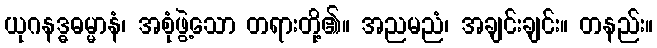
ယုဂနဒ္ဓဓမ္မာနံ၊ အစုံဖွဲ့သော တရားတို့၏။ အညမညံ၊ အချင်းချင်း။ တနည်း။